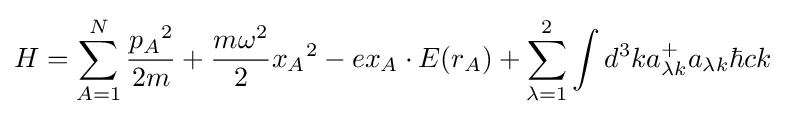
H=\sum \limits _{A=1}^{N}{{p_{A}}^{2} \over 2m}+{{m{\omega }^{2}} \over 2}{x_{A}}^{2}-e{x_{A}}\cdot E(r_{A})+\sum \limits _{\lambda =1}^{2}\int d^{3}ka_{\lambda k}^{+}a_{\lambda k}\hbar ck